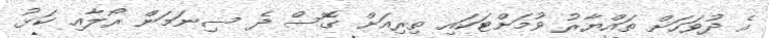
އެ ދުވަހަށް ތައްޔާރު ވުމަށްޓަކައި ތިރިއަށް ގޮސް ދެ ސިނަމަން ރޯލާއި ކަޅު